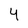
Character: 4